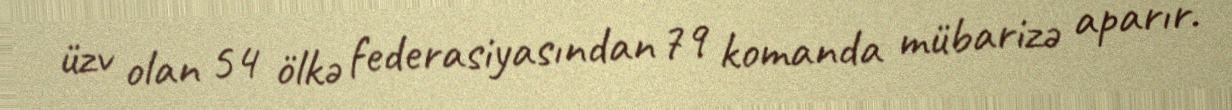
üzv olan 54 ölkə federasiyasından 79 komanda mübarizə aparır.